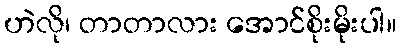
ဟဲလို၊ တာတာလား အောင်စိုးမိုးပါ။